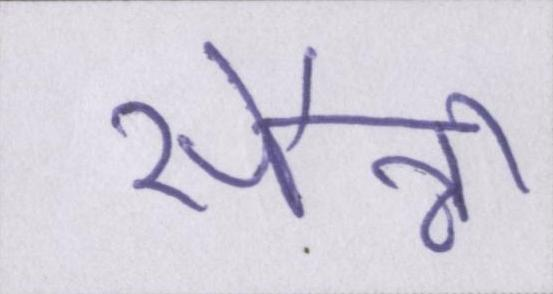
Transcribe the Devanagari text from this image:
सैन्नी